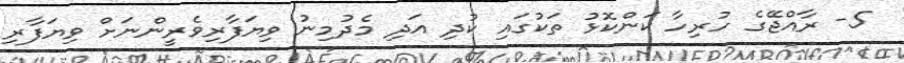
5- ރާއްޖޭގެ ހުރިހާ ކަންކޮޅު ތަކުގައި ކުދި އަދި މެދުމިނު ވިޔަފާރިވެރީންނަށް ވިޔަފާރި